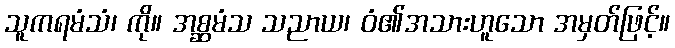
သူကရမံသံ၊ ကို။ အစ္ဆမံသ သညာယ၊ ဝံ၏အသားဟူသော အမှတ်ဖြင့်။